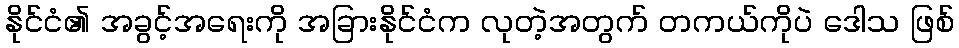
နိုင်ငံ၏ အခွင့်အရေးကို အခြားနိုင်ငံက လုတဲ့အတွက် တကယ်ကိုပဲ ဒေါသ ဖြစ်